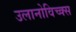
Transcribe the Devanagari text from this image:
उलानोविच्क्स